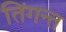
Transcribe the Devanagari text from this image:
तिंगन्त